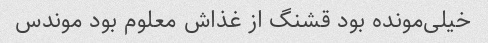
خیلی‌مونده بود قشنگ از غذاش معلوم بود موندس